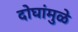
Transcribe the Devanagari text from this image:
दोघांमुळे